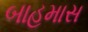
બાહમાસ